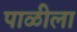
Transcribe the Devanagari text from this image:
पाळीला